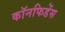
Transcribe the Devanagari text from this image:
कॉनफिडेंस